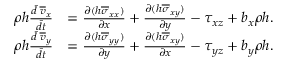
\begin{array} { r l } { \rho h \frac { \Bar { d } \; \overline { { v } } _ { x } } { \Bar { d t } } } & { = \frac { \partial ( h \overline { { \sigma } } _ { x x } ) } { \partial x } + \frac { \partial ( h \overline { { \sigma } } _ { x y } ) } { \partial y } - \tau _ { x z } + b _ { x } \rho h . } \\ { \rho h \frac { \Bar { d } \; \overline { { v } } _ { y } } { \Bar { d t } } } & { = \frac { \partial ( h \overline { { \sigma } } _ { y y } ) } { \partial y } + \frac { \partial ( h \overline { { \sigma } } _ { x y } ) } { \partial x } - \tau _ { y z } + b _ { y } \rho h . } \end{array}